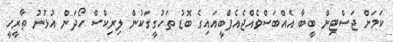
ކަމަށް ޖަސްޓިން ބީބާ އެއްބަސްވެއްޖެއެފްބީއައިގެ ބޮޑު ތަހުގީގަކުން ލިރިކްސް ހޯދަން އުޅުނު ތާރީހީ